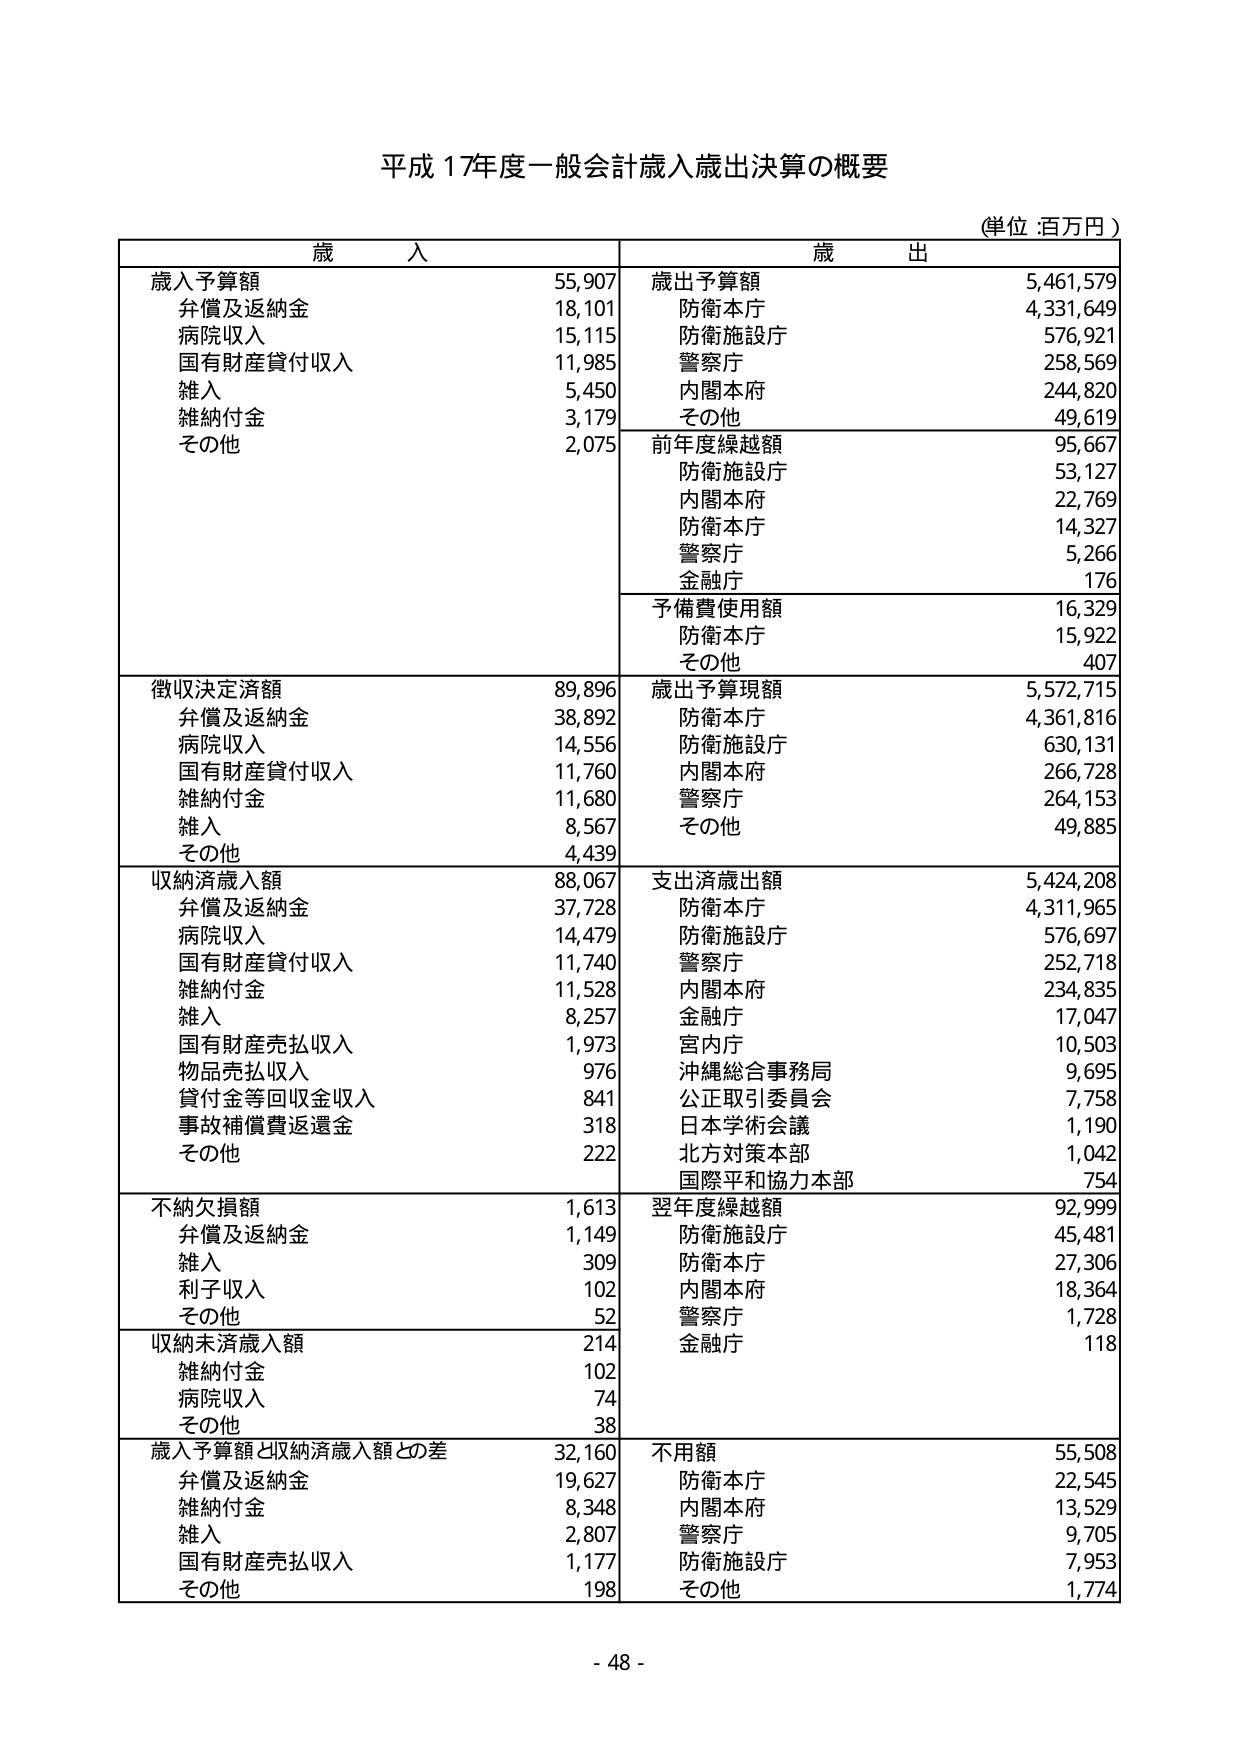
平成17年度一般会計歳入歳出決算の概要

(単位:百万円)

歳入
歳出

歳入予算額 55,907
　弁償及返納金 18,101
　病院収入 15,115
　国有財産貸付収入 11,985
　雑入 5,450
　雑納付金 3,179
　その他 2,075

歳出予算額 5,461,579
　防衛本庁 4,331,649
　防衛施設庁 576,921
　警察庁 258,569
　内閣本府 244,820
　その他 49,619

前年度繰越額 95,667
　防衛施設庁 53,127
　内閣本府 22,769
　防衛本庁 14,327
　警察庁 5,266
　金融庁 176

予備費使用額 16,329
　防衛本庁 15,922
　その他 407

徴収決定済額 89,896
　弁償及返納金 38,892
　病院収入 14,556
　国有財産貸付収入 11,760
　雑納付金 11,680
　雑入 8,567
　その他 4,439

歳出予算現額 5,572,715
　防衛本庁 4,361,816
　防衛施設庁 630,131
　内閣本府 266,728
　警察庁 264,153
　その他 49,885

収納済歳入額 88,067
　弁償及返納金 37,728
　病院収入 14,479
　国有財産貸付収入 11,740
　雑納付金 11,528
　雑入 8,257
　国有財産売払収入 1,973
　物品売払収入 976
　貸付金等回収金収入 841
　事故補償費返還金 318
　その他 222

支出済歳出額 5,424,208
　防衛本庁 4,311,965
　防衛施設庁 576,697
　警察庁 252,718
　内閣本府 234,835
　金融庁 17,047
　宮内庁 10,503
　沖縄総合事務局 9,695
　公正取引委員会 7,758
　日本学術会議 1,190
　北方対策本部 1,042
　国際平和協力本部 754

不納欠損額 1,613
　弁償及返納金 1,149
　雑入 309
　利子収入 102
　その他 52

翌年度繰越額 92,999
　防衛施設庁 45,481
　防衛本庁 27,306
　内閣本府 18,364
　警察庁 1,728
　金融庁 118

収納未済歳入額 214
　雑納付金 102
　病院収入 74
　その他 38

歳入予算額と収納済歳入額との差 32,160
　弁償及返納金 19,627
　雑納付金 8,348
　雑入 2,807
　国有財産売払収入 1,177
　その他 198

不用額 55,508
　防衛本庁 22,545
　内閣本府 13,529
　警察庁 9,705
　防衛施設庁 7,953
　その他 1,774

- 48 -